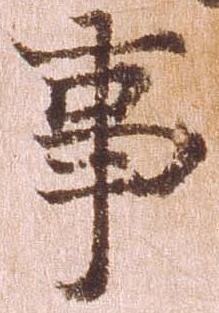
事